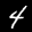
Label: 4